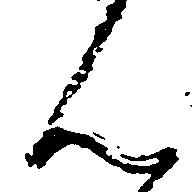
ん